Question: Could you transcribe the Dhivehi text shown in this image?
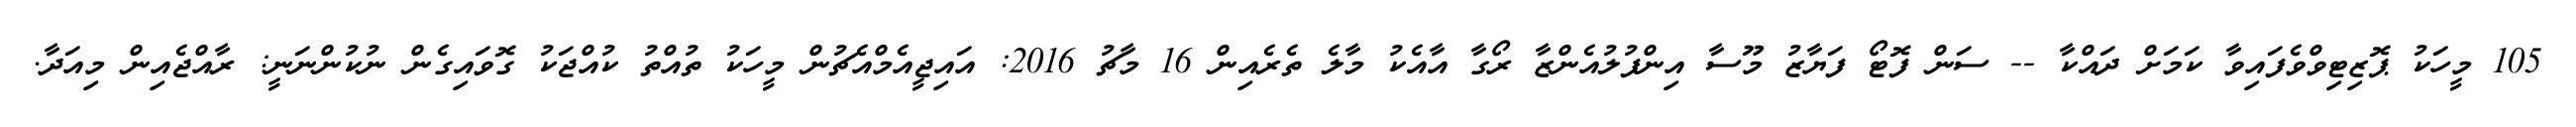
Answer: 105 މީހަކު ޕޮޒިޓިވްވެފައިވާ ކަމަށް ދައްކާ -- ސަން ފޮޓޯ ފަޔާޒު މޫސާ އިންފުލުއެންޒާ ރޯގާ އާއެކު މާލެ ތެރެއިން 16 މާޗު 2016: އައިޖީއެމްއެޗުން މީހަކު ތުއްތު ކުއްޖަކު ގޮވައިގެން ނުކުންނަނީ: ރާއްޖެއިން މިއަދާ.